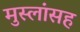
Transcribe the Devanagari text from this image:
मुस्लांसह